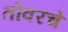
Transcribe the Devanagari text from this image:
तोवरचे